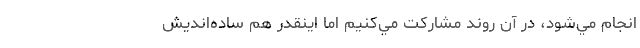
انجام مي‌شود، در آن روند مشاركت مي‌كنيم اما اينقدر هم ساده‌انديش